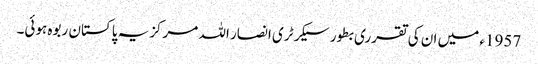
1957ء میں ان کی تقرری بطور سیکرٹری انصار اللہ مرکزیہ پاکستان ربوہ ہوئی۔